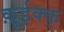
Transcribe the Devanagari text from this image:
क़ूईक्क्